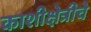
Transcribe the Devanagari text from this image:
काशीक्षेत्रीचे